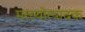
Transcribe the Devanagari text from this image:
मत्स्योत्पादक